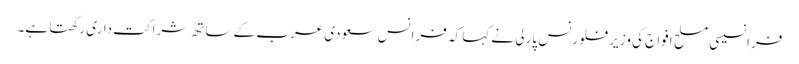
فرانسیسی مسلح افواج کی وزیر فلورنس پارلی نے کہا کہ فرانس سعودی عرب کے ساتھ شراکت داری رکھتا ہے۔